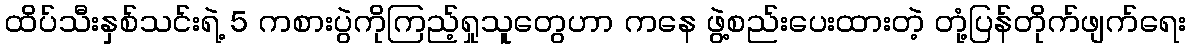
ထိပ်သီးနှစ်သင်းရဲ့ 5 ကစားပွဲကိုကြည့်ရှုသူတွေဟာ ကနေ ဖွဲ့စည်းပေးထားတဲ့ တုံ့ပြန်တိုက်ဖျက်ရေး